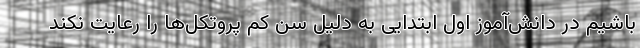
باشیم در دانش‌آموز اول ابتدایی به دلیل سن کم پروتکل‌ها را رعایت نکند